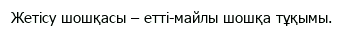
Жетісу шошқасы – етті-майлы шошқа тұқымы.